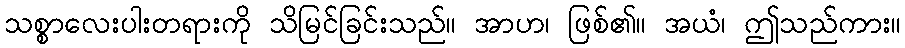
သစ္စာလေးပါးတရားကို သိမြင်ခြင်းသည်။ အာဟ၊ ဖြစ်၏။ အယံ၊ ဤသည်ကား။